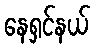
နေရှင်နယ်